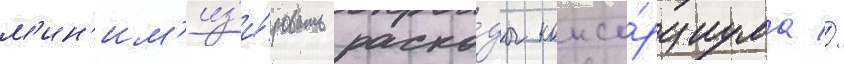
м'ин'им'из'и́ровать расхо́ды консо́рциума //